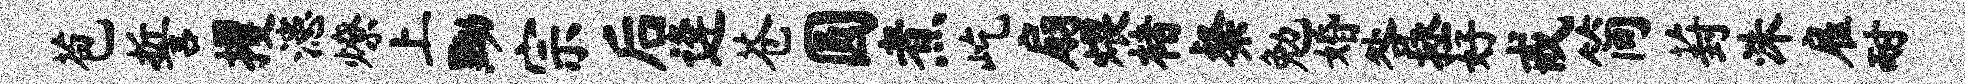
苞誓攫漶燎上黝宗后逄苍圆煮屹扇煨楮粲勉婚咎拯好戒简葑洙雇耐